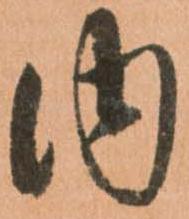
内